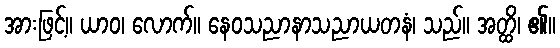
အားဖြင့်။ ယာဝ၊ လောက်။ နေဝသညာနာသညာယတနံ၊ သည်။ အတ္ထိ၊ ၏။